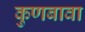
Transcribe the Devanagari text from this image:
कुणबावा